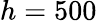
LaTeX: h=500